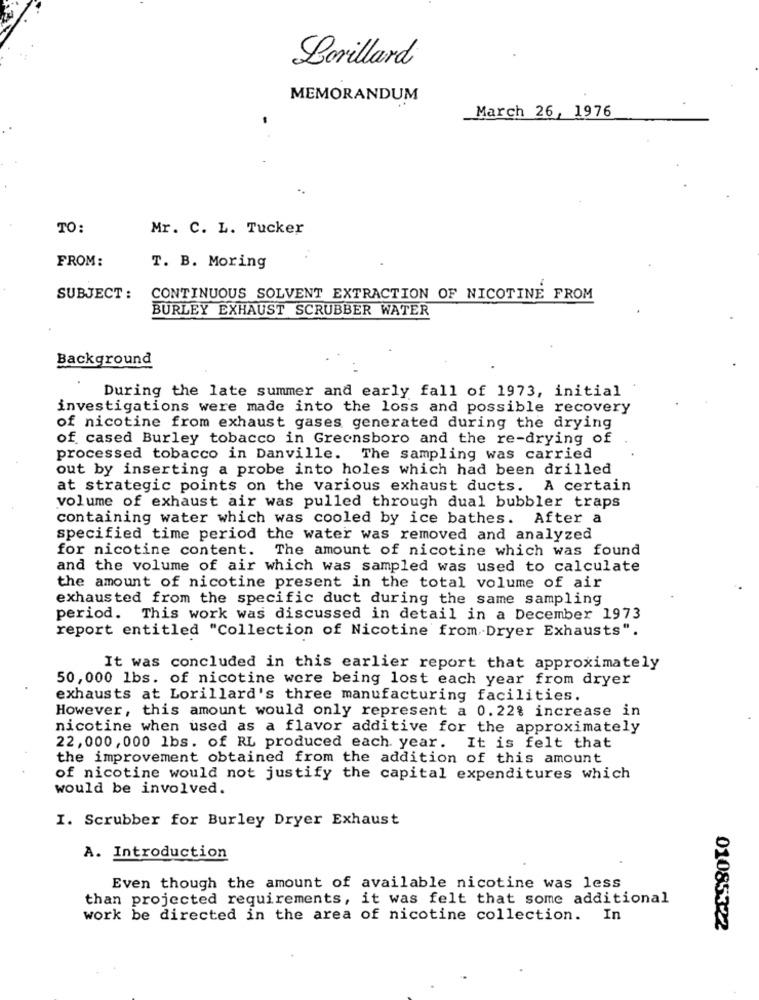
Lorillard
MEMORANDUM
March 26, 1976
TO:
Mr. C. L. Tucker
FROM:
. .
T. B. Moring
SUBJECT :
CONTINUOUS SOLVENT EXTRACTION OF NICOTINE FROM
BURLEY EXHAUST SCRUBBER WATER
Background
During the late summer and early fall of 1973, initial
investigations were made into the loss and possible recovery
of nicotine from exhaust gases generated during the drying
of cased Burley tobacco in Greensboro and the re-drying of
processed tobacco in Danville. The sampling was carried
out by inserting a probe into holes which had been drilled
at strategic points on the various exhaust ducts. A certain
volume of exhaust air was pulled through dual bubbler traps
containing water which was cooled by ice bathes. After a
specified time period the water was removed and analyzed
for nicotine content. The amount of nicotine which was found
and the volume of air which was sampled was used to calculate
the amount of nicotine present in the total volume of air
exhausted from the specific duct during the same sampling
period. This work was discussed in detail in a December 1973
report entitled "Collection of Nicotine from Dryer Exhausts".
It was concluded in this earlier report that approximately
50,000 lbs. of nicotine were being lost each year from dryer
exhausts at Lorillard's three manufacturing facilities.
However, this amount would only represent a 0.22% increase in
nicotine when used as a flavor additive for the approximately
22,000,000 lbs. of RL produced each year. It is felt that
the improvement obtained from the addition of this amount
of nicotine would not justify the capital expenditures which
would be involved.
I. Scrubber for Burley Dryer Exhaust
A. Introduction
Even though the amount of available nicotine was less
than projected requirements, it was felt that some additional
work be directed in the area of nicotine collection. In
01085322